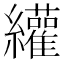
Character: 䌯